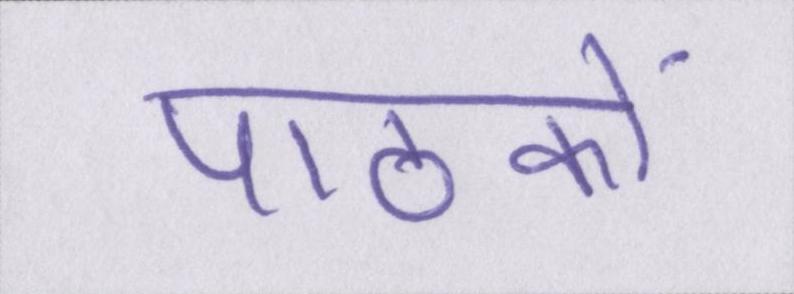
पाठकों